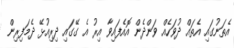
އެތަނުގައި އެތައް ދުވަހެއް ވަންދެން އޮއެފައިވާ އިރު އެ ގޭގައި ދިރިއުޅޭ ދެމަފިރިން